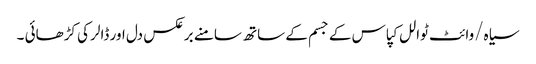
سیاہ/وائٹ ٹوالل کپاس کے جسم کے ساتھ سامنے برعکس دل اور ڈالر کی کڑھائی ۔